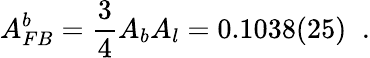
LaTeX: A_{FB}^{b}=\frac{3}{4}A_{b}A_{l}=0.1038(25)\; \; .